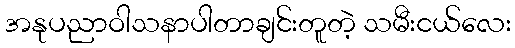
အနုပညာဝါသနာပါတာချင်းတူတဲ့ သမီးငယ်လေး